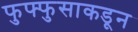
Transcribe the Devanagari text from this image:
फुफ्फुसाकडून